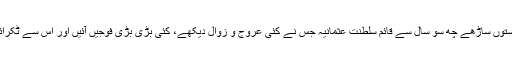
دوستوں ساڑھے چھ سو سال سے قائم سلطنت عثمانیہ جس نے کئی عروج و زوال دیکھے، کئی بڑی بڑی فوجیں آئیں اور اس سے ٹکرائیں۔